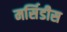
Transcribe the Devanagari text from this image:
मर्सिडीस